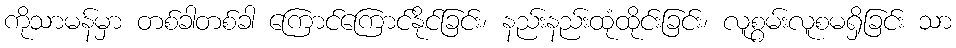
ကိုသာမန်မှာ တစ်ခါတစ်ခါ ကြောင်ကြောင်နိုင်ခြင်း၊ နည်းနည်းထုံထိုင်းခြင်း၊ လူစွမ်းလူစမရှိခြင်း သာ